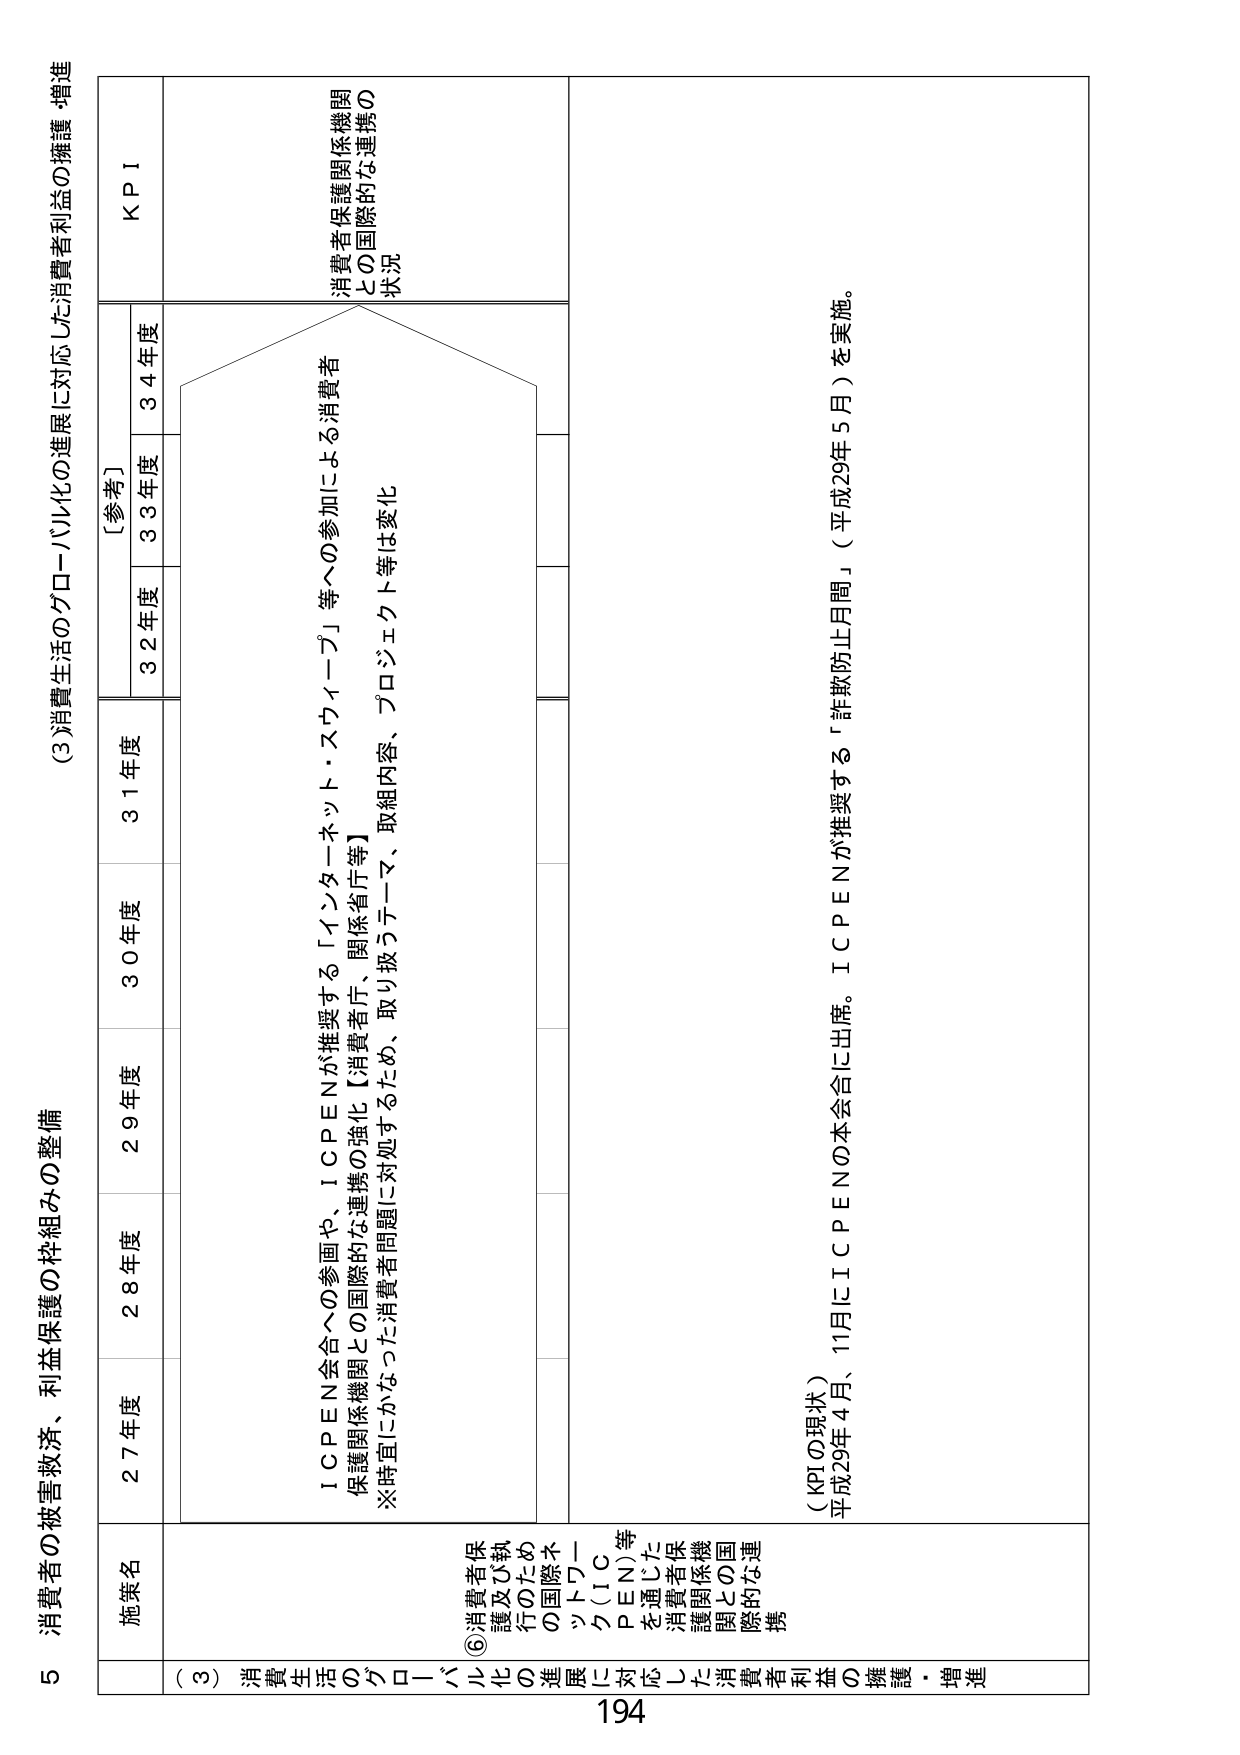
5 消費者の被害救済、利益保護の枠組みの整備

(3)消費生活のグローバル化の進展に対応した消費者利益の擁護・増進

施策名
27年度
28年度
29年度
30年度
31年度
[参考]
32年度
33年度
34年度
KPI

(3) 消費生活のグローバル化の進展に対応した消費者利益の擁護・増進
⑥消費者保護及び執行のための国際ネットワーク(ICPEN)等を通じた消費者保護関係機関との国際的な連携
ICPEN会合への参画や、ICPENが推奨する「インターネット・スウィープ」等への参加による消費者保護関係機関との国際的な連携の状況
※時宜にかなった消費者問題に対処するため、取組内容、プロジェクト等は変化

(KPIの現状)
平成29年4月、11月にICPENの本会合に出席。ICPENが推奨する「詐欺防止月間」（平成29年5月）を実施。

194